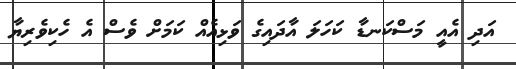
އަދި އެއީ މަސްކަނޑާ ކަހަލަ އާދައިގެ ވަޅިއެއް ކަމަށް ވެސް އެ ހެކިވެރިޔާ